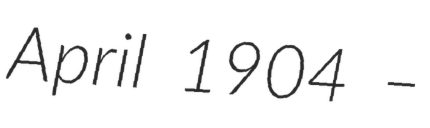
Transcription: April 1904 –